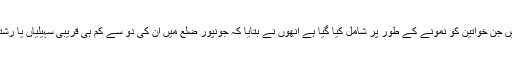
مطالعے میں جن خواتین کو نمونے کے طور پر شامل کیا گیا ہے انھوں نے بتایا کہ جونپور ضلع میں ان کی دو سے کم ہی قریبی سہیلیاں یا رشتے دار ہیں۔